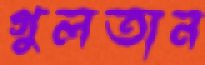
গুলতান